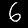
Label: 6